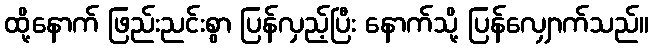
ထို့နောက် ဖြည်းညင်းစွာ ပြန်လှည့်ပြီး နောက်သို့ ပြန်လျှောက်သည်။